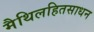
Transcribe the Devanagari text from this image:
मैथिलहितसाधन